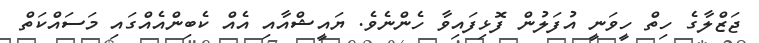
ޖަޒްލާގެ ހިތް ހީވަނީ އުފަލުން ފޮޅިފައިވާ ހެންނެވެ. ޔައީޝްއާއި އެއް ކެބިންއެއްގައި މަސައްކަތް